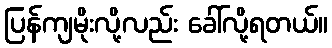
ပြန်ကျမိုးလို့လည်း ခေါ်လို့ရတယ်။